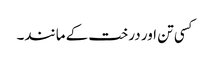
کسی تن اور درخت کے مانند۔